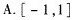
A. [-1，1]